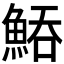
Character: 𩷵